Problem: 33 - 1 = ?
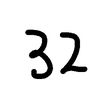
Handwritten answer: 32